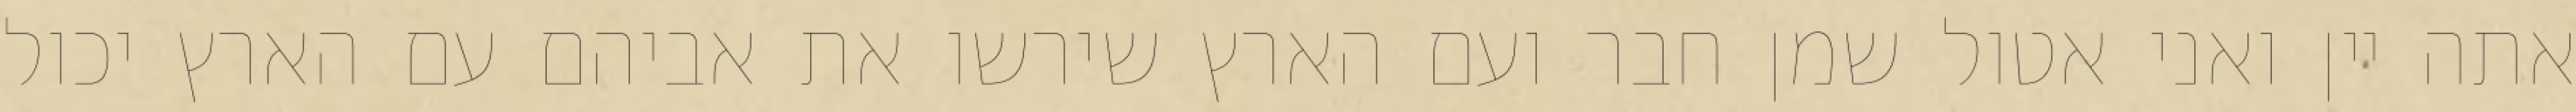
אתה יין ואני אטול שמן חבר ועם הארץ שירשו את אביהם עם הארץ יכול